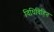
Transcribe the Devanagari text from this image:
विधिविहित